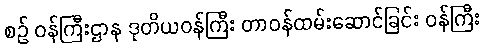
စဉ် ဝန်ကြီးဌာန ဒုတိယဝန်ကြီး တာဝန်ထမ်းဆောင်ခြင်း ဝန်ကြီး